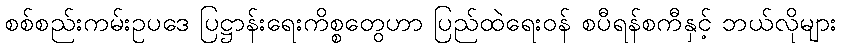
စစ်စည်းကမ်းဥပဒေ ပြဋ္ဌာန်းရေးကိစ္စတွေဟာ ပြည်ထဲရေးဝန် စပီရန်စကီနှင့် ဘယ်လိုများ